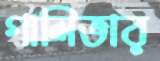
গালিভার